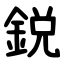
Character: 鋭